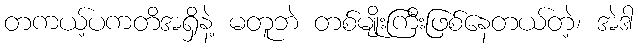
တကယ့်ပကတိအရှိနဲ့ မတူဘဲ တစ်မျိုးကြီးဖြစ်နေတယ်တဲ့၊ အဲဒါ